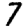
Digit: 7